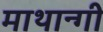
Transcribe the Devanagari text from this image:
माथान्गी